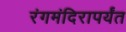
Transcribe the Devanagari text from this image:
रंगमंदिरापर्यंत